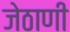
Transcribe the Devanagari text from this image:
जेठाणी